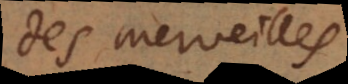
des merveilles